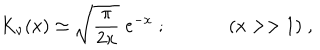
LaTeX: K _ { \nu } ( x ) \simeq \sqrt { \frac { \pi } { 2 x } } \; e ^ { - x } \; ; ( x > > 1 ) \; ,